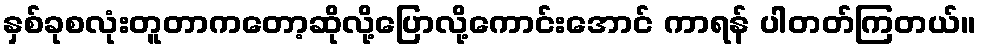
နှစ်ခုစလုံးတူတာကတော့ဆိုလို့ပြောလို့ကောင်းအောင် ကာရန် ပါတတ်ကြတယ်။